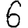
Digit: 6